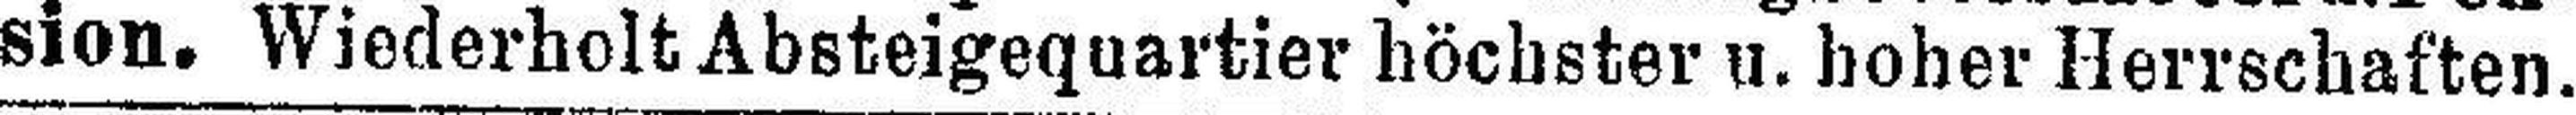
sion. Wiederholt Absteigequartier höchster u. hoher Herrschaften.